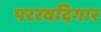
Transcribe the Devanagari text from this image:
पररवदिगार